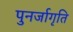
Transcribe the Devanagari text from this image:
पुनर्जागृति